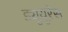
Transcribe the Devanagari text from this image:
ड्यूयूरेस